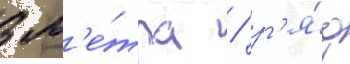
3 м'е́тра / р'я́д